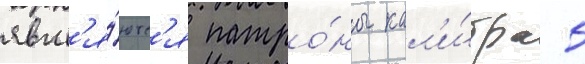
явл'я́ютс'я патро́ны кал'и́бра 5